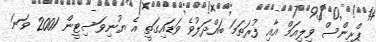
ޕްރިންސް ވިލިއަމް އާއި ފުރަތަމަ ބައްދަލުވެ ވަޑައިގަތީ އެ ޔުނިވަސިޓީން 2001 ވަނަ